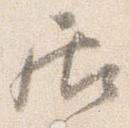
居